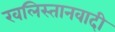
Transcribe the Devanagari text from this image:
खलिस्तानवादी